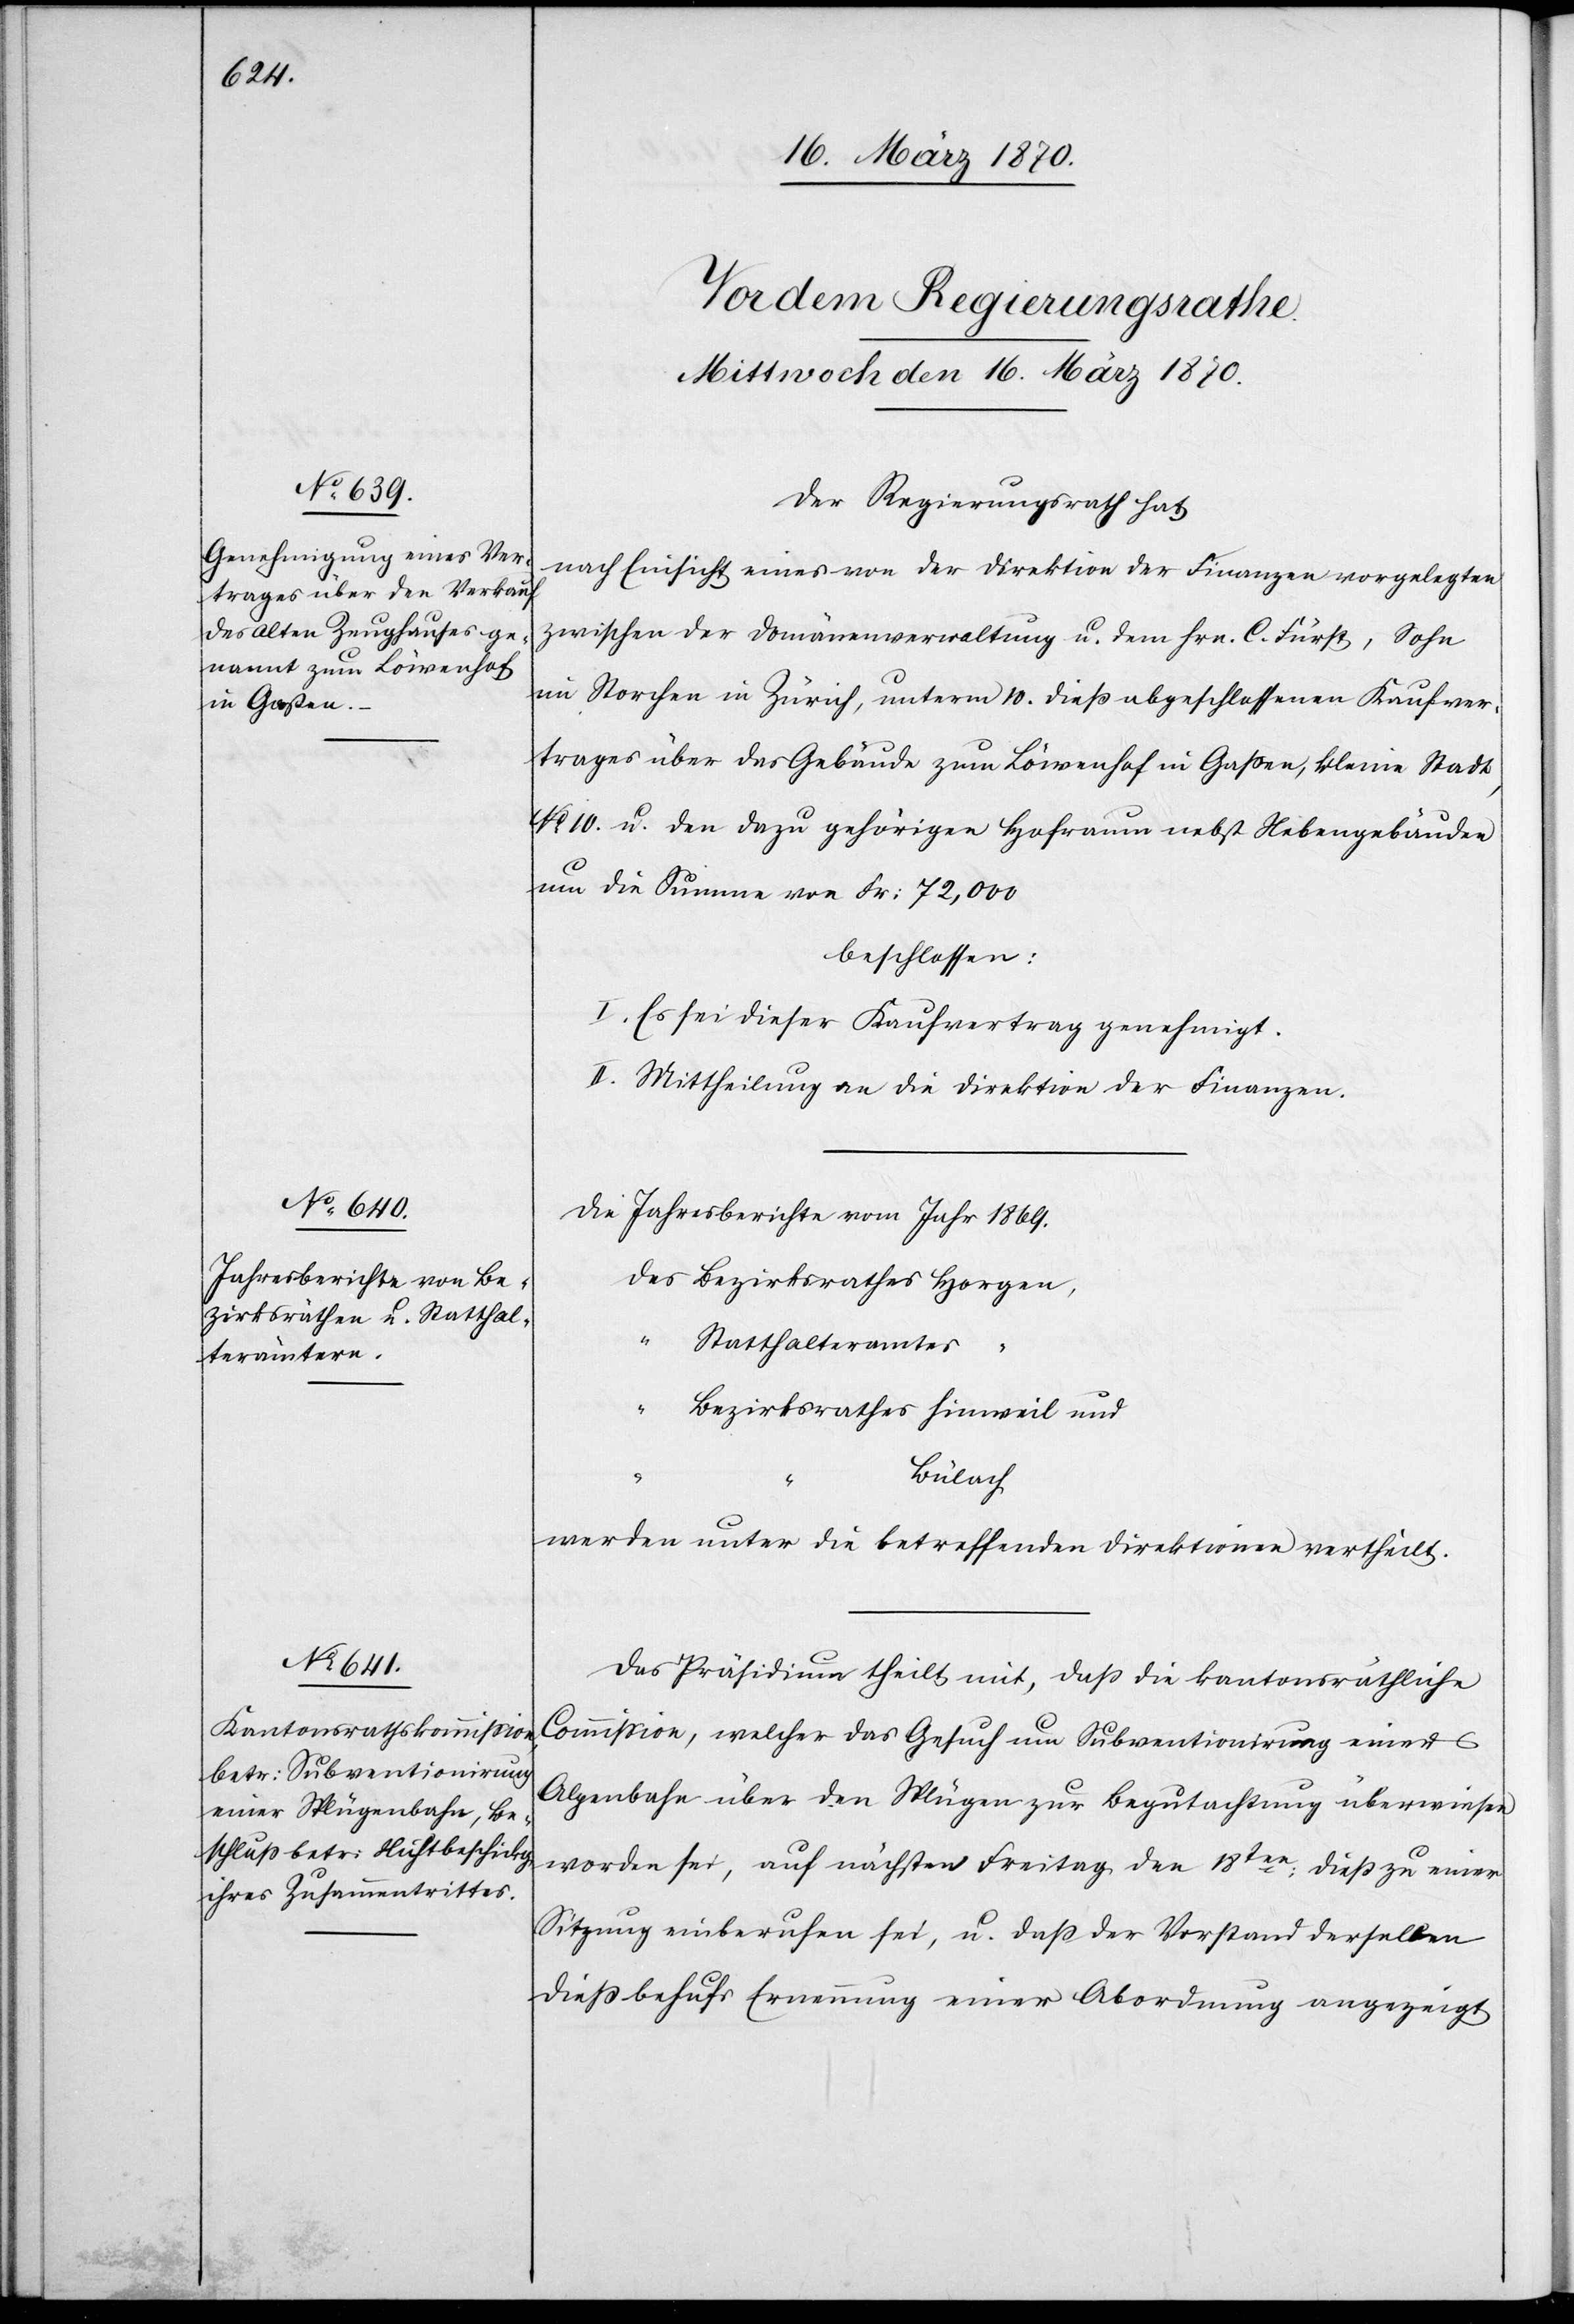
Der Regierungsrath hat
nach Einsicht eines von der Direktion der Finanzen vorgelegten
zwischen der Domänenverwaltung u. dem Hrn. C. Fürst, Sohn
im Storchen in Zürich, unterm 10. dieß abgschlossenen Kaufver¬
trages über das Gebäude zum Löwenhof in Goßau, kleine Stadt,
No. 10. u. den dazu gehörigen Hofraum nebst Nebengebäuden
um die Summe von Fr: 72,000
beschlossen:
1. Es sei dieser Kaufvertrag genehmigt.
2. Mittheilung an die Direktion der Finanzen.
Die Jahresberichte vom Jahr 1869.
des Bezirksrathes Horgen,
“ Statthalteramtes
Bezirksrathes Hinweil und
Bülach
werden unter die betreffenden Direktionen vertheilt.
Das Präsidium theilt mit, daß die kantonsräthliche
Commission, welcher das Gesuch um Subventionirung einer
Alpenbahn über den Splügen zur Begutachtung überwiesen
worden sei, auf nächsten Freitag den 18ten: dieß zu einer
Sitzung einberufen sei, u. daß der Vorstand derselben
dieß behufs Ernennung einer Abordnung angezeigt